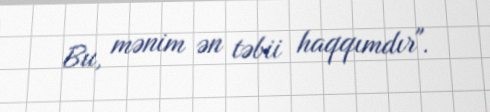
Bu, mənim ən təbii haqqımdır".